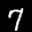
Label: 7